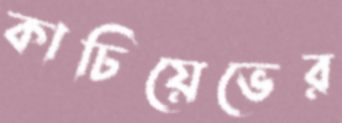
কাচিয়েভের